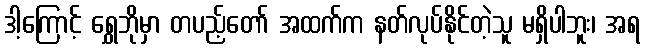
ဒါ့ကြောင့် ရွှေဘိုမှာ တပည့်တော် အထက်က နတ်လုပ်နိုင်တဲ့သူ မရှိပါဘူး၊ အရ